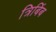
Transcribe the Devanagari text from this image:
त्रिबिंब